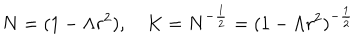
N = ( 1 - \Lambda r ^ { 2 } ) , \quad K = N ^ { - \frac { 1 } { 2 } } = ( 1 - \Lambda r ^ { 2 } ) ^ { - \frac { 1 } { 2 } }